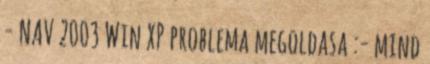
- NAV 2003 Win XP problema megoldasa :- mind